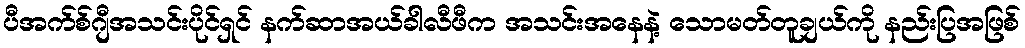
ပီအက်စ်ဂျီအသင်းပိုင်ရှင် နက်ဆာအယ်ခါလီဖီက အသင်းအနေနဲ့ သောမတ်တူချယ်ကို နည်းပြအဖြစ်